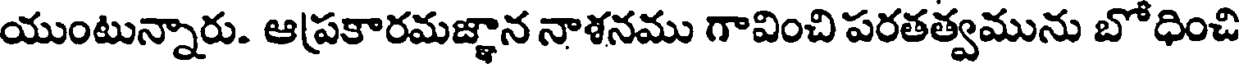
యుంటున్నారు. ఆప్రకారమజ్ఞాన నాశనము గావించి పరతత్వమును బోధించి